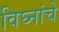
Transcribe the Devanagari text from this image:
विघ्नांचे